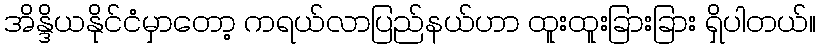
အိန္ဒိယနိုင်ငံမှာတော့ ကရယ်လာပြည်နယ်ဟာ ထူးထူးခြားခြား ရှိပါတယ်။